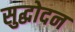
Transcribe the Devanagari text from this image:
सुद्धोदन